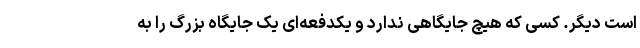
است دیگر. کسی که هیچ جایگاهی ندارد و یکدفعه‌ای یک جایگاه بزرگ را به